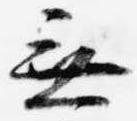
無